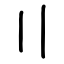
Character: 〢